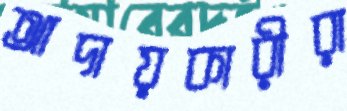
আদায়কারীরা